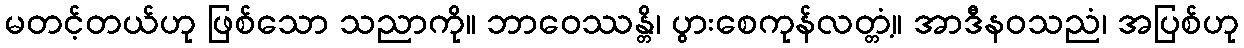
မတင့်တယ်ဟု ဖြစ်သော သညာကို။ ဘာဝေဿန္တိ၊ ပွားစေကုန်လတ္တံ့။ အာဒီနဝသညံ၊ အပြစ်ဟု